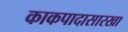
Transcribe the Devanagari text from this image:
काकपादासारखा